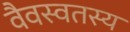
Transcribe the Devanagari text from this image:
वैवस्वतस्य